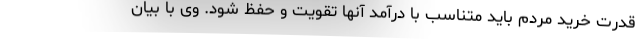
قدرت خرید مردم باید متناسب با درآمد آنها تقویت و حفظ شود. وی با بیان